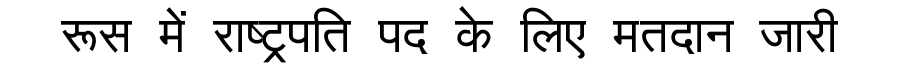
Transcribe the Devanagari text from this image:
रूस में राष्ट्रपति पद के लिए मतदान जारी